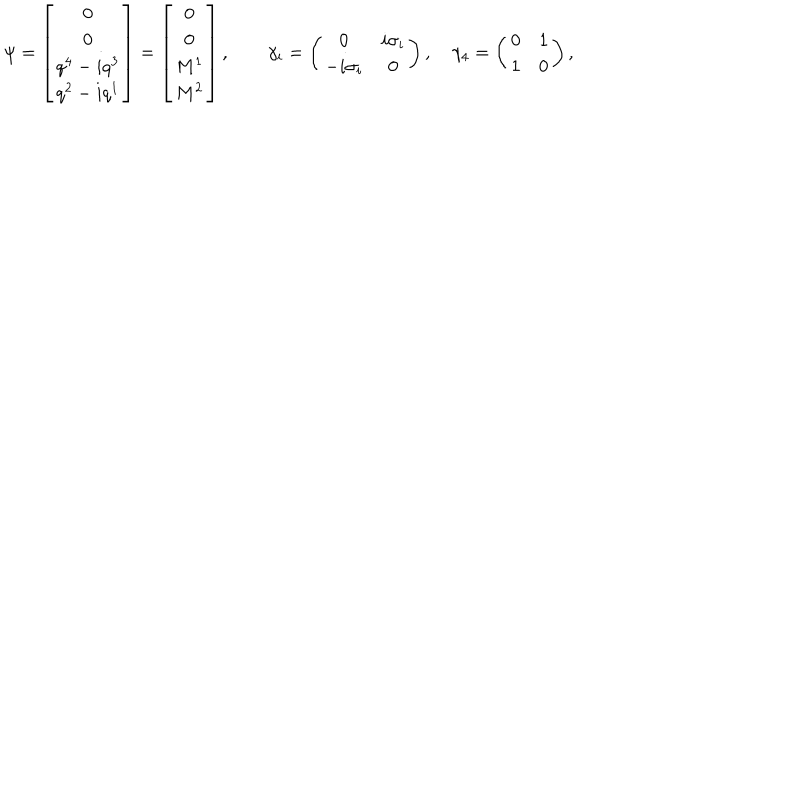
\psi = \left[ \begin{matrix} { { 0 } } \\ { { 0 } } \\ { { q ^ { 4 } - i q ^ { 3 } } } \\ { { q ^ { 2 } - i q ^ { 1 } } } \\ \end{matrix} \right] = \left[ \begin{matrix} { { 0 } } \\ { { 0 } } \\ { { M ^ { 1 } } } \\ { { M ^ { 2 } } } \\ \end{matrix} \right] , \quad \quad \gamma _ { i } = \left( \begin{matrix} { { 0 } } & { { i \sigma _ { i } } } \\ { { - i \sigma _ { i } } } & { { 0 } } \\ \end{matrix} \right) , \quad \gamma _ { 4 } = \left( \begin{matrix} { { 0 } } & { { 1 } } \\ { { 1 } } & { { 0 } } \\ \end{matrix} \right) ,